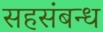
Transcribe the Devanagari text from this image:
सहसंबन्ध